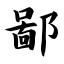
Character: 鄙